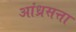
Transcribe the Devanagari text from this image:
आंध्रसत्ता